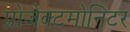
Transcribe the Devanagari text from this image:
प्रोजेक्टमोनिटर